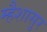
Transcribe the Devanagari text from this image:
म्हैशासुर